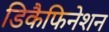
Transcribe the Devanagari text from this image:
डिकैफिनेशन